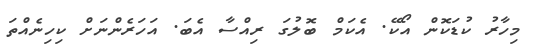
މިހާރު ކުޑަކޮން އޯކޭ. އެކަމް ބޮލުގަ ރިއްސާ އެބަ. އަހަރެންނަށް ކިހިނެއްތަ